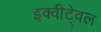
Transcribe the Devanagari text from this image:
इक्वीटे्वल